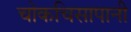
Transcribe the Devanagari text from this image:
चोकचिसापानी